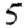
Digit: 5